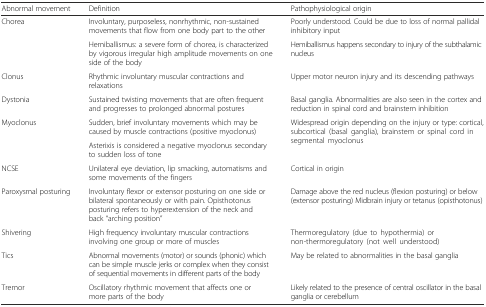
<table><thead><tr><td><b>Abnormal movement</b></td><td><b>Definition</b></td><td><b>Pathophysiological origin</b></td></tr></thead><tbody><tr><td rowspan="2">Chorea</td><td>Involuntary, purposeless, nonrhythmic, non-sustained movements that flow from one body part to the other</td><td>Poorly understood. Could be due to loss of normal pallidal inhibitory input</td></tr><tr><td>Hemiballismus: a severe form of chorea, is characterized by vigorous irregular high amplitude movements on one side of the body</td><td>Hemiballismus happens secondary to injury of the subthalamic nucleus</td></tr><tr><td>Clonus</td><td>Rhythmic involuntary muscular contractions and relaxations</td><td>Upper motor neuron injury and its descending pathways</td></tr><tr><td>Dystonia</td><td>Sustained twisting movements that are often frequent and progresses to prolonged abnormal postures</td><td>Basal ganglia. Abnormalities are also seen in the cortex and reduction in spinal cord and brainstem inhibition</td></tr><tr><td rowspan="2">Myoclonus</td><td>Sudden, brief involuntary movements which may be caused by muscle contractions (positive myoclonus)</td><td rowspan="2">Widespread origin depending on the injury or type: cortical, subcortical (basal ganglia), brainstem or spinal cord in segmental myoclonus</td></tr><tr><td>Asterixis is considered a negative myoclonus secondary to sudden loss of tone</td></tr><tr><td>NCSE</td><td>Unilateral eye deviation, lip smacking, automatisms and some movements of the fingers</td><td>Cortical in origin</td></tr><tr><td>Paroxysmal posturing</td><td>Involuntary flexor or extensor posturing on one side or bilateral spontaneously or with pain. Opisthotonus posturing refers to hyperextension of the neck and back “arching position”</td><td>Damage above the red nucleus (flexion posturing) or below (extensor posturing) Midbrain injury or tetanus (opisthotonus)</td></tr><tr><td>Shivering</td><td>High frequency involuntary muscular contractions involving one group or more of muscles</td><td>Thermoregulatory (due to hypothermia) or non-thermoregulatory (not well understood)</td></tr><tr><td>Tics</td><td>Abnormal movements (motor) or sounds (phonic) which can be simple muscle jerks or complex when they consist of sequential movements in different parts of the body</td><td>May be related to abnormalities in the basal ganglia</td></tr><tr><td>Tremor</td><td>Oscillatory rhythmic movement that affects one or more parts of the body</td><td>Likely related to the presence of central oscillator in the basal ganglia or cerebellum</td></tr></tbody></table>